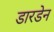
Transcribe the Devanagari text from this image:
डारडेन